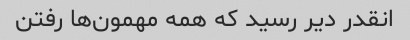
انقدر دیر رسید که همه مهمون‌ها رفتن